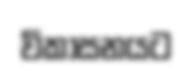
විකාසනයට